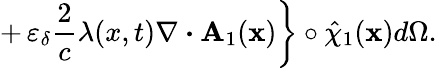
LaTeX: +\left.\varepsilon_{\delta}\frac{2}{c}\lambda(x,t)\nabla\boldsymbol{\cdot}\textbf{A}_{1}(\textbf{x})\right\} \circ\hat{\chi}_{1}(\textbf{x})d\Omega.